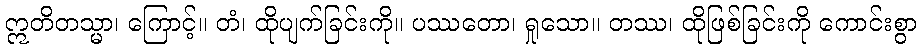
ဣတိတသ္မာ၊ ကြောင့်။ တံ၊ ထိုပျက်ခြင်းကို။ ပဿတော၊ ရှုသော။ တဿ၊ ထိုဖြစ်ခြင်းကို ကောင်းစွာ